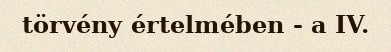
törvény értelmében - a IV.